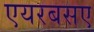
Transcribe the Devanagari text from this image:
एयरबसए